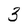
Character: 3